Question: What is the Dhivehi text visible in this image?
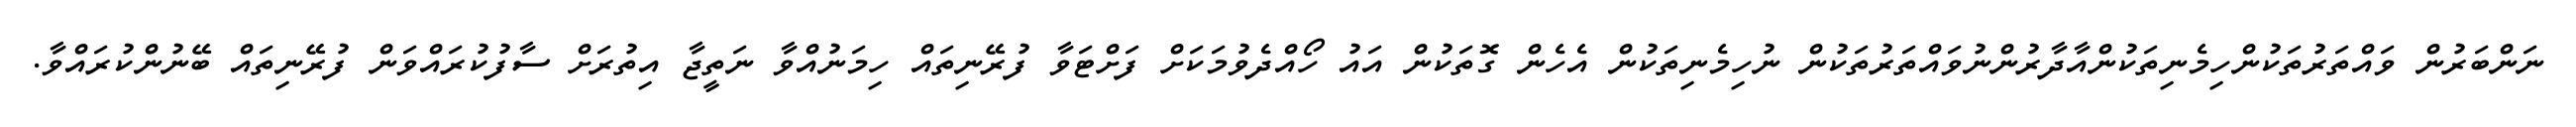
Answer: ނަންބަރުން ވައްތަރުތަކުންހިމެނިތަކުންއާދާރުންނުވައްތަރުތަކުން ނުހިމެނިތަކުން އެހެން ގޮތަކުން އައު ހޯއްދެވުމަކަށް ފަށްޓަވާ ފުރޭނިތައް ހިމަނުއްވާ ނަތީޖާ އިތުރަށް ސާފުކުރައްވަން ފުރޭނިތައް ބޭނުންކުރައްވާ.